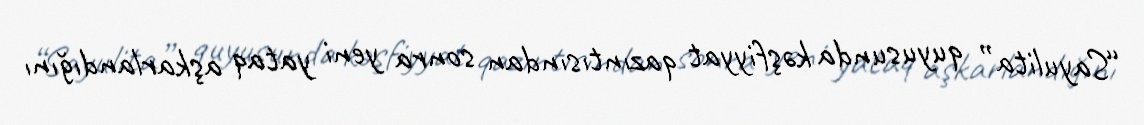
“Sayulita” quyusunda kəşfiyyat qazıntısından sonra yeni yataq aşkarlandığını